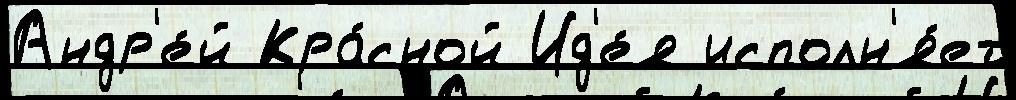
Андр'е́й Кра́сной Ид'е́я исполн'я́ет